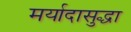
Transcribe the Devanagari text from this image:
मर्यादासुद्धा